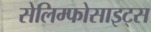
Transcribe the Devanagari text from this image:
सेलिम्फोसाइट्स